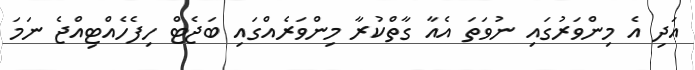
އަދި އެ މިންވަރުގައި ނުވަތަ އެއާ ގާތްކުރާ މިންވަރެއްގައި ބަޖެޓް ހިފެހެއްޓިއްޖެ ނަމަ